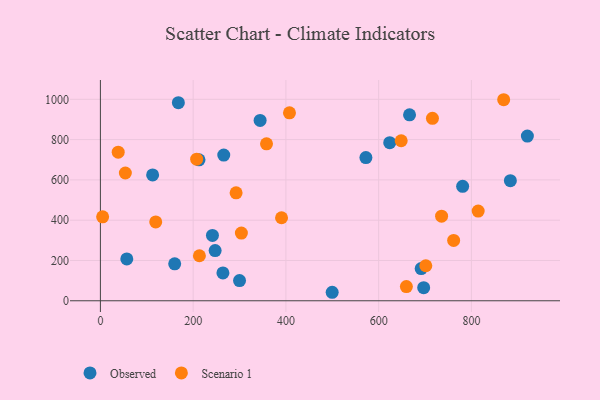
{"axis": {"x": "Study Hours", "y": "Yield"}, "legend": ["Observed", "Scenario 1"], "data": [{"x": "623.9", "y": 784.9, "type": "Observed"}, {"x": "884.0", "y": 596.1, "type": "Observed"}, {"x": "241.6", "y": 324.4, "type": "Observed"}, {"x": "56.9", "y": 207.6, "type": "Observed"}, {"x": "264.2", "y": 138.4, "type": "Observed"}, {"x": "266.0", "y": 723.0, "type": "Observed"}, {"x": "697.1", "y": 64.9, "type": "Observed"}, {"x": "344.4", "y": 895.4, "type": "Observed"}, {"x": "920.7", "y": 817.6, "type": "Observed"}, {"x": "160.2", "y": 183.6, "type": "Observed"}, {"x": "168.1", "y": 983.2, "type": "Observed"}, {"x": "300.0", "y": 100.1, "type": "Observed"}, {"x": "499.8", "y": 42.2, "type": "Observed"}, {"x": "247.4", "y": 249.2, "type": "Observed"}, {"x": "666.6", "y": 923.1, "type": "Observed"}, {"x": "691.7", "y": 159.8, "type": "Observed"}, {"x": "112.6", "y": 624.7, "type": "Observed"}, {"x": "572.5", "y": 710.7, "type": "Observed"}, {"x": "781.1", "y": 568.0, "type": "Observed"}, {"x": "212.6", "y": 699.7, "type": "Observed"}, {"x": "119.3", "y": 391.4, "type": "Scenario 1"}, {"x": "304.0", "y": 336.0, "type": "Scenario 1"}, {"x": "390.6", "y": 412.0, "type": "Scenario 1"}, {"x": "814.6", "y": 445.0, "type": "Scenario 1"}, {"x": "213.5", "y": 223.4, "type": "Scenario 1"}, {"x": "869.6", "y": 997.9, "type": "Scenario 1"}, {"x": "648.6", "y": 794.3, "type": "Scenario 1"}, {"x": "38.4", "y": 737.7, "type": "Scenario 1"}, {"x": "761.7", "y": 299.4, "type": "Scenario 1"}, {"x": "358.2", "y": 779.0, "type": "Scenario 1"}, {"x": "207.6", "y": 702.7, "type": "Scenario 1"}, {"x": "292.6", "y": 535.8, "type": "Scenario 1"}, {"x": "735.7", "y": 419.9, "type": "Scenario 1"}, {"x": "659.8", "y": 70.4, "type": "Scenario 1"}, {"x": "53.8", "y": 634.1, "type": "Scenario 1"}, {"x": "4.8", "y": 416.5, "type": "Scenario 1"}, {"x": "701.7", "y": 173.8, "type": "Scenario 1"}, {"x": "716.0", "y": 905.6, "type": "Scenario 1"}, {"x": "407.7", "y": 933.0, "type": "Scenario 1"}]}